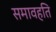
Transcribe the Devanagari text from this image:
समावहति